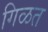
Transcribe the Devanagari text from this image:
गिळत